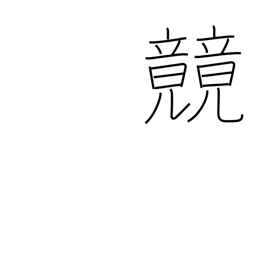
Meaning: race